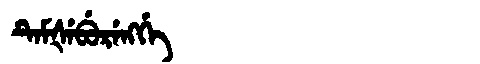
Manchu: ᡨᡝᠮᡧᡝᠪᡠᡵᡝᠩᡤᡝ
Romanization: TEMŠEBURENGGE